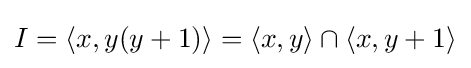
I=\langle x,y(y+1)\rangle =\langle x,y\rangle \cap \langle x,y+1\rangle